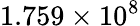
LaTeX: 1.759\times 10^{8}